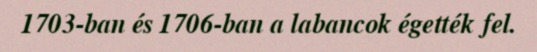
1703-ban és 1706-ban a labancok égették fel.